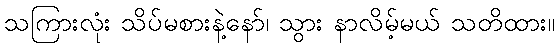
သကြားလုံး သိပ်မစားနဲ့နော်၊ သွား နာလိမ့်မယ် သတိထား။